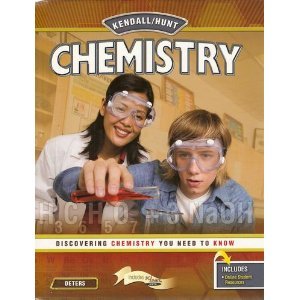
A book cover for Kendall / Hunt Chemistry: Discovering Chemistry You Need To Know; Kelly Deters; Children's Books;